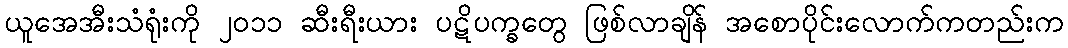
ယူအေအီးသံရုံးကို ၂၀၁၁ ဆီးရီးယား ပဋိပက္ခတွေ ဖြစ်လာချိန် အစောပိုင်းလောက်ကတည်းက